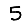
Digit: 5